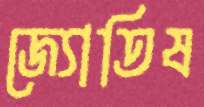
জ্যোতিষ